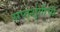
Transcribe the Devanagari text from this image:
सप्तशृंगीची